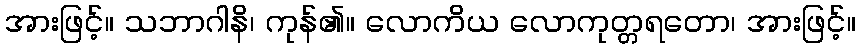
အားဖြင့်။ သဘာဂါနိ၊ ကုန်၏။ လောကိယ လောကုတ္တရတော၊ အားဖြင့်။